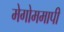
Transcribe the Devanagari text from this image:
मेगोममापी